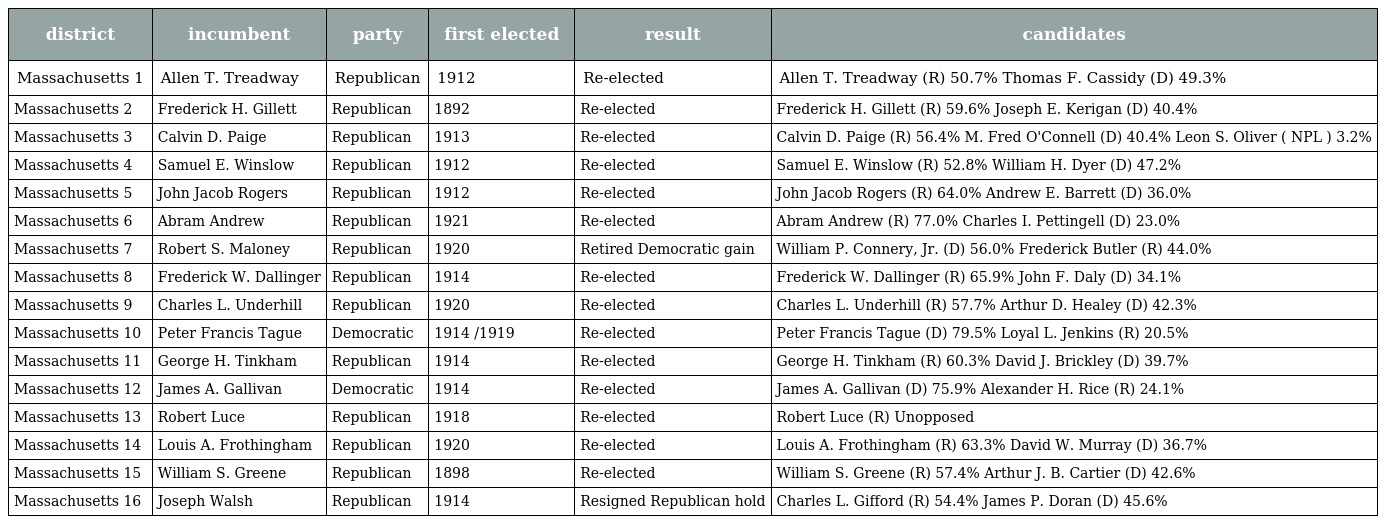
| district | incumbent | party | first elected | result | candidates |
 | --- | --- | --- | --- | --- | --- |
 | Massachusetts 1 | Allen T. Treadway | Republican | 1912 | Re-elected | Allen T. Treadway (R) 50.7% Thomas F. Cassidy (D) 49.3% |
 | Massachusetts 2 | Frederick H. Gillett | Republican | 1892 | Re-elected | Frederick H. Gillett (R) 59.6% Joseph E. Kerigan (D) 40.4% |
 | Massachusetts 3 | Calvin D. Paige | Republican | 1913 | Re-elected | Calvin D. Paige (R) 56.4% M. Fred O'Connell (D) 40.4% Leon S. Oliver ( NPL ) 3.2% |
 | Massachusetts 4 | Samuel E. Winslow | Republican | 1912 | Re-elected | Samuel E. Winslow (R) 52.8% William H. Dyer (D) 47.2% |
 | Massachusetts 5 | John Jacob Rogers | Republican | 1912 | Re-elected | John Jacob Rogers (R) 64.0% Andrew E. Barrett (D) 36.0% |
 | Massachusetts 6 | Abram Andrew | Republican | 1921 | Re-elected | Abram Andrew (R) 77.0% Charles I. Pettingell (D) 23.0% |
 | Massachusetts 7 | Robert S. Maloney | Republican | 1920 | Retired Democratic gain | William P. Connery, Jr. (D) 56.0% Frederick Butler (R) 44.0% |
 | Massachusetts 8 | Frederick W. Dallinger | Republican | 1914 | Re-elected | Frederick W. Dallinger (R) 65.9% John F. Daly (D) 34.1% |
 | Massachusetts 9 | Charles L. Underhill | Republican | 1920 | Re-elected | Charles L. Underhill (R) 57.7% Arthur D. Healey (D) 42.3% |
 | Massachusetts 10 | Peter Francis Tague | Democratic | 1914 /1919 | Re-elected | Peter Francis Tague (D) 79.5% Loyal L. Jenkins (R) 20.5% |
 | Massachusetts 11 | George H. Tinkham | Republican | 1914 | Re-elected | George H. Tinkham (R) 60.3% David J. Brickley (D) 39.7% |
 | Massachusetts 12 | James A. Gallivan | Democratic | 1914 | Re-elected | James A. Gallivan (D) 75.9% Alexander H. Rice (R) 24.1% |
 | Massachusetts 13 | Robert Luce | Republican | 1918 | Re-elected | Robert Luce (R) Unopposed |
 | Massachusetts 14 | Louis A. Frothingham | Republican | 1920 | Re-elected | Louis A. Frothingham (R) 63.3% David W. Murray (D) 36.7% |
 | Massachusetts 15 | William S. Greene | Republican | 1898 | Re-elected | William S. Greene (R) 57.4% Arthur J. B. Cartier (D) 42.6% |
 | Massachusetts 16 | Joseph Walsh | Republican | 1914 | Resigned Republican hold | Charles L. Gifford (R) 54.4% James P. Doran (D) 45.6% |